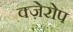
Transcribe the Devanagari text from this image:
क्ज़ेरोप